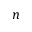
n